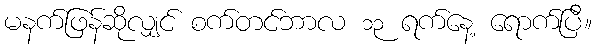
မနက်ဖြန်ဆိုလျှင် စက်တင်ဘာလ ၁၃ ရက်နေ့ ရောက်ပြီ။